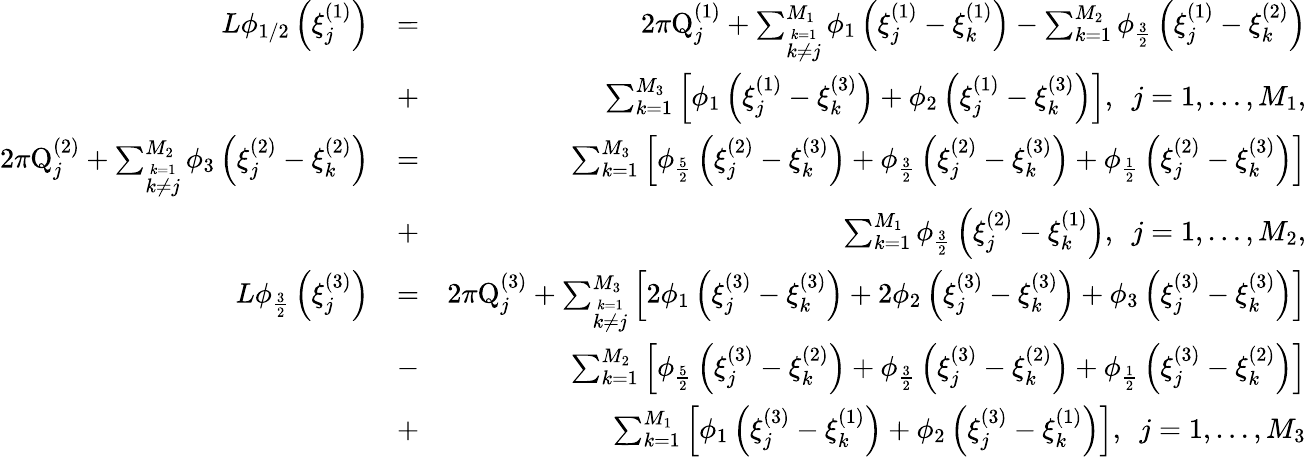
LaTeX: \begin{array}{rlr}{L\phi_{1/2}\left(\xi_{j}^{(1)}\right)}&{=}&{2\pi\mathrm{Q}_{j}^{(1)}+\sum_{\stackrel{k=1}{k\neq j}}^{M_{1}}\phi_{1}\left(\xi_{j}^{(1)}-\xi_{k}^{(1)}\right)-\sum_{k=1}^{M_{2}}\phi_{\frac{3}{2}}\left(\xi_{j}^{(1)}-\xi_{k}^{(2)}\right)}\\ &{+}&{\sum_{k=1}^{M_{3}}\left[\phi_{1}\left(\xi_{j}^{(1)}-\xi_{k}^{(3)}\right)+\phi_{2}\left(\xi_{j}^{(1)}-\xi_{k}^{(3)}\right)\right],~~j=1,\dots,M_{1},}\\ {2\pi\mathrm{Q}_{j}^{(2)}+\sum_{\stackrel{k=1}{k\neq j}}^{M_{2}}\phi_{3}\left(\xi_{j}^{(2)}-\xi_{k}^{(2)}\right)}&{=}&{\sum_{k=1}^{M_{3}}\left[\phi_{\frac{5}{2}}\left(\xi_{j}^{(2)}-\xi_{k}^{(3)}\right)+\phi_{\frac{3}{2}}\left(\xi_{j}^{(2)}-\xi_{k}^{(3)}\right)+\phi_{\frac{1}{2}}\left(\xi_{j}^{(2)}-\xi_{k}^{(3)}\right)\right]}\\ &{+}&{\sum_{k=1}^{M_{1}}\phi_{\frac{3}{2}}\left(\xi_{j}^{(2)}-\xi_{k}^{(1)}\right),~~j=1,\dots,M_{2},}\\ {L\phi_{\frac{3}{2}}\left(\xi_{j}^{(3)}\right)}&{=}&{2\pi\mathrm{Q}_{j}^{(3)}+\sum_{\stackrel{k=1}{k\neq j}}^{M_{3}}\left[2\phi_{1}\left(\xi_{j}^{(3)}-\xi_{k}^{(3)}\right)+2\phi_{2}\left(\xi_{j}^{(3)}-\xi_{k}^{(3)}\right)+\phi_{3}\left(\xi_{j}^{(3)}-\xi_{k}^{(3)}\right)\right]}\\ &{-}&{\sum_{k=1}^{M_{2}}\left[\phi_{\frac{5}{2}}\left(\xi_{j}^{(3)}-\xi_{k}^{(2)}\right)+\phi_{\frac{3}{2}}\left(\xi_{j}^{(3)}-\xi_{k}^{(2)}\right)+\phi_{\frac{1}{2}}\left(\xi_{j}^{(3)}-\xi_{k}^{(2)}\right)\right]}\\ &{+}&{\sum_{k=1}^{M_{1}}\left[\phi_{1}\left(\xi_{j}^{(3)}-\xi_{k}^{(1)}\right)+\phi_{2}\left(\xi_{j}^{(3)}-\xi_{k}^{(1)}\right)\right],~~j=1,\dots,M_{3}}\end{array}